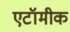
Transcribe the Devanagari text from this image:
एटॉमीक